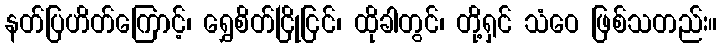
နတ်ပြဟိတ်ကြောင့်၊ ရွှေစိတ်ငြိုငြင်၊ ထိုခါတွင်၊ တို့ရှင် သံဝေ ဖြစ်သတည်း။